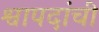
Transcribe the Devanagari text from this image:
श्वापदांची